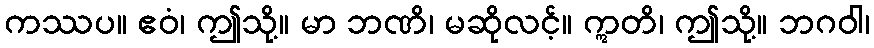
ကဿပ။ ဧဝံ၊ ဤသို့။ မာ ဘဏိ၊ မဆိုလင့်။ ဣတိ၊ ဤသို့။ ဘဂဝါ၊